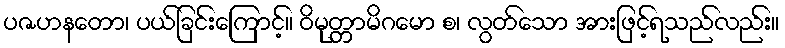
ပဇဟနတော၊ ပယ်ခြင်းကြောင့်။ ဝိမုတ္တာမိဂမော စ၊ လွတ်သော အားဖြင့်ရသည်လည်း။